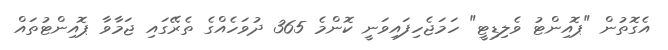
އެގޮތުން "ޕޮއިންޓު ވެލިޑިޓީ" ހަމަޖެހިފައިވަނީ ކޮންމެ 365 ދުވަހެއްގެ ތެރޭގައި ޖަމާވާ ޕޮއިންޓުތައް